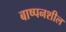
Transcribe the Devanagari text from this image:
बाष्पनशील